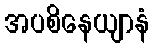
အပစိနေယျာနံ